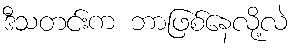
ဒီသတင်းက ဘာဖြစ်နေလို့လဲ